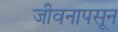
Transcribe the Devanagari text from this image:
जीवनापसून